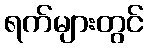
ရက်များတွင်